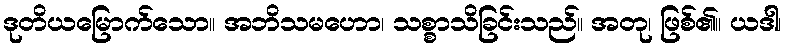
ဒုတိယမြောက်သော။ အဘိသမဟော၊ သစ္စာသိခြင်းသည်။ အတု၊ ဖြစ်၏။ ယဒါ၊